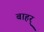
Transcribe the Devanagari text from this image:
बाहर्